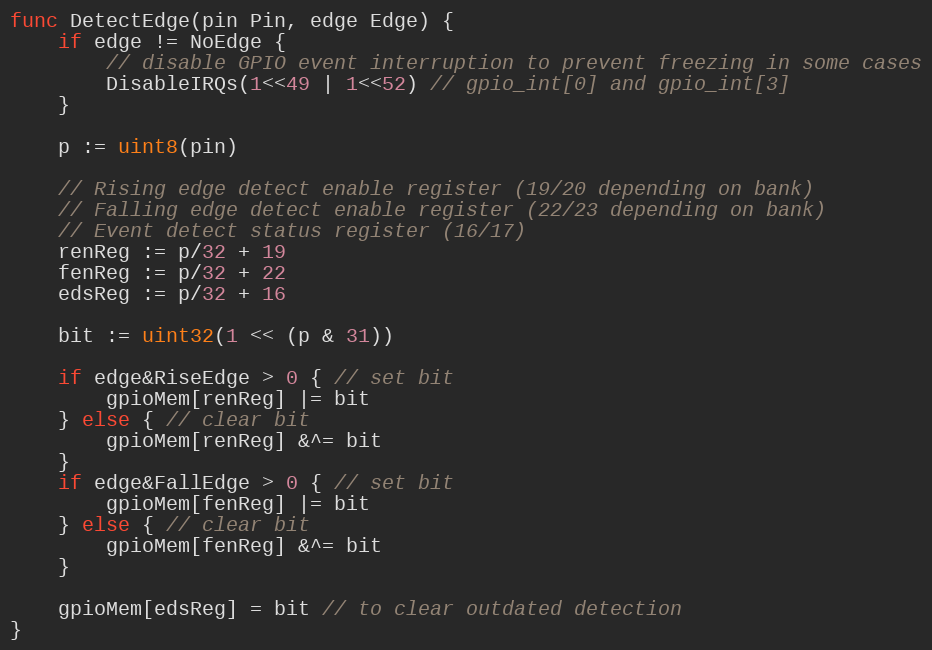
Language: Go
func DetectEdge(pin Pin, edge Edge) {
	if edge != NoEdge {
		// disable GPIO event interruption to prevent freezing in some cases
		DisableIRQs(1<<49 | 1<<52) // gpio_int[0] and gpio_int[3]
	}

	p := uint8(pin)

	// Rising edge detect enable register (19/20 depending on bank)
	// Falling edge detect enable register (22/23 depending on bank)
	// Event detect status register (16/17)
	renReg := p/32 + 19
	fenReg := p/32 + 22
	edsReg := p/32 + 16

	bit := uint32(1 << (p & 31))

	if edge&RiseEdge > 0 { // set bit
		gpioMem[renReg] |= bit
	} else { // clear bit
		gpioMem[renReg] &^= bit
	}
	if edge&FallEdge > 0 { // set bit
		gpioMem[fenReg] |= bit
	} else { // clear bit
		gpioMem[fenReg] &^= bit
	}

	gpioMem[edsReg] = bit // to clear outdated detection
}